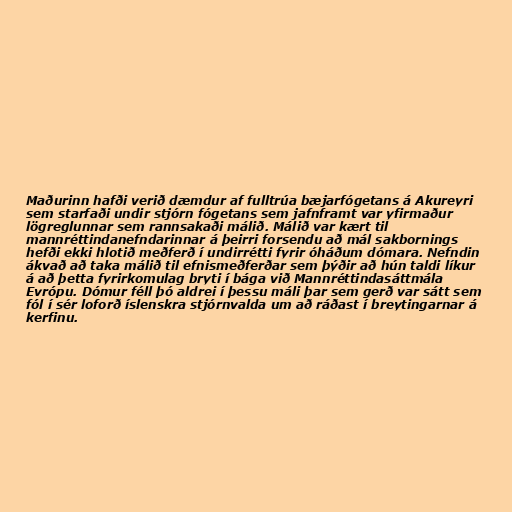
Maðurinn hafði verið dæmdur af fulltrúa bæjarfógetans á Akureyri
sem starfaði undir stjórn fógetans sem jafnframt var yfirmaður
lögreglunnar sem rannsakaði málið. Málið var kært til
mannréttindanefndarinnar á þeirri forsendu að mál sakbornings
hefði ekki hlotið meðferð í undirrétti fyrir óháðum dómara. Nefndin
ákvað að taka málið til efnismeðferðar sem þýðir að hún taldi líkur
á að þetta fyrirkomulag bryti í bága við Mannréttindasáttmála
Evrópu. Dómur féll þó aldrei í þessu máli þar sem gerð var sátt sem
fól í sér loforð íslenskra stjórnvalda um að ráðast í breytingarnar á
kerfinu.